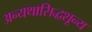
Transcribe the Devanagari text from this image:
अन्यथासिद्धशून्य